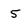
Character: 5